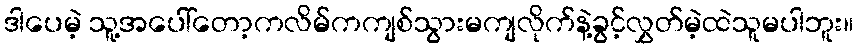
ဒါပေမဲ့ သူ့အပေါ်တော့ကလိမ်ကကျစ်သွားမကျလိုက်နဲ့ခွင့်လွှတ်မဲ့ထဲသူမပါဘူး။